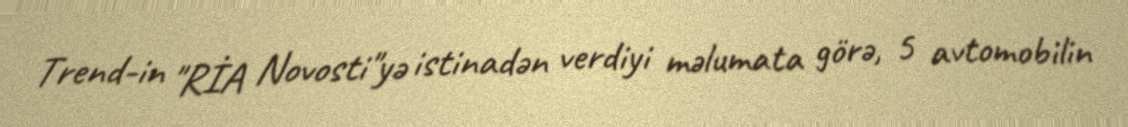
Trend-in "RİA Novosti"yə istinadən verdiyi məlumata görə, 5 avtomobilin